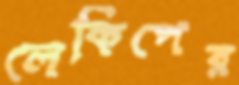
লেকিপের